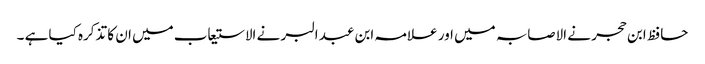
حافظ ابن حجر نے الاصابہ میں اور علامہ ابن عبد البر نے الاستیعاب میں ان کا تذکرہ کیا ہے ۔